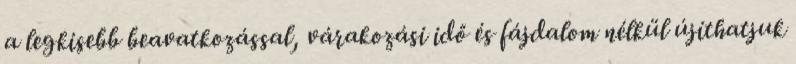
a legkisebb beavatkozással, várakozási idő és fájdalom nélkül újíthatjuk